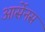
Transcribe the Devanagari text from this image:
आर्सेनस